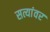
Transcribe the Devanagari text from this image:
सत्यांवर